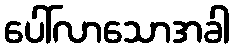
ပေါ်လာသောအခါ